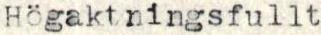
Högaktningsfullt